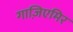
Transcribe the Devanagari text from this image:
गाज़िएमिर